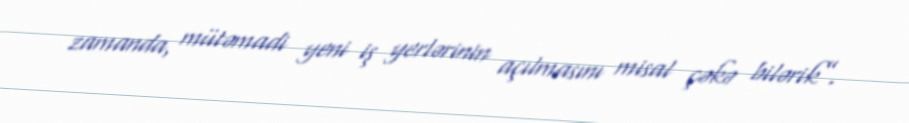
zamanda, mütəmadi yeni iş yerlərinin açılmasını misal çəkə bilərik”.